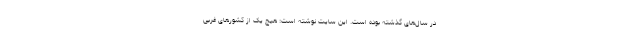
در سال‌های گذشته بوده است. این سایت نوشته است: هیچ یک از کشورهای غربی